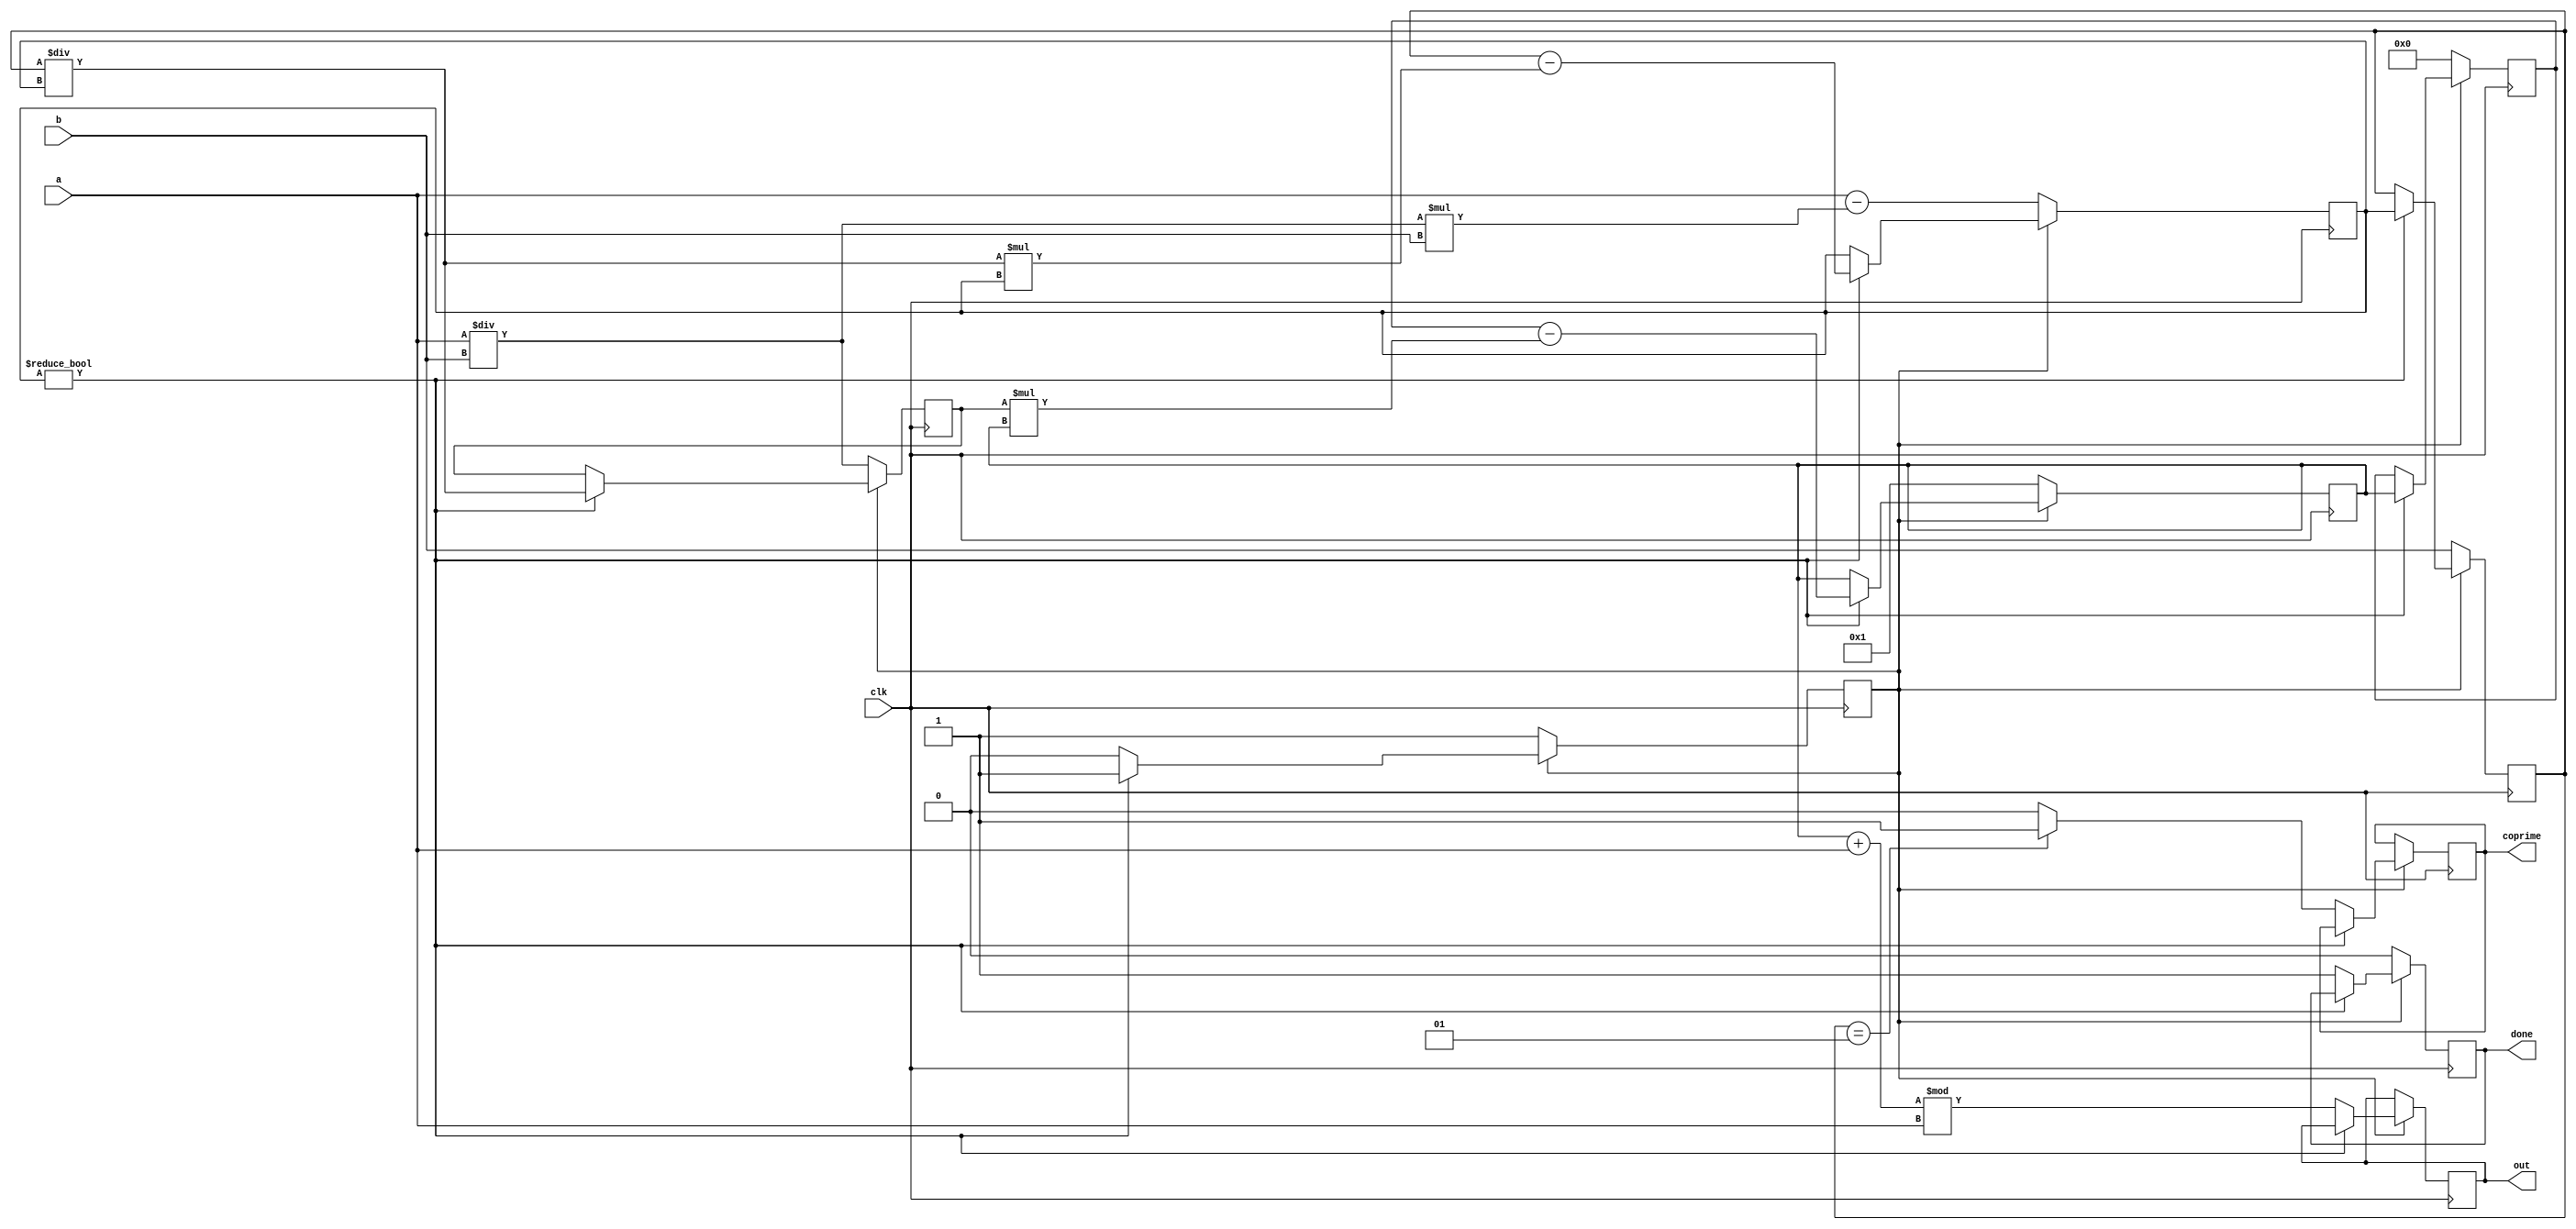
module Find_Inverse (clk,a,b,out,coprime,done);

    input clk;
    input [15:0] a,b;

    output reg [15:0] out;
    output reg coprime,done;

    reg signed [15:0] a0,b0,t0,t,r,q,tmp;
    reg start;

    always @(posedge clk) begin
        if (start==0) begin
            a0 = a;
            b0 = b;
            t0 = 0;
            t = 1;
            q = a0/b0;
            r = a0 - q*b0;
            start = 1;
            done = 0;
        end
        else if (r!=0) begin
            tmp = t0 - q*t;
            t0 = t;
            t = tmp;
            a0 = b0;
            b0 = r;
            q = a0/b0;
            r = a0 - q*b0;
        end
        else begin
            if (b0==1) begin
                coprime <= 1; 
            end
            else begin
                coprime <= 0;
            end

            done <= 1;
            out <= (t+a)%a;
            start <= 0;
        end
        
    end

    initial begin
        start = 0;
        done = 0;
    end
    
endmodule